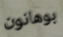
بوهانون